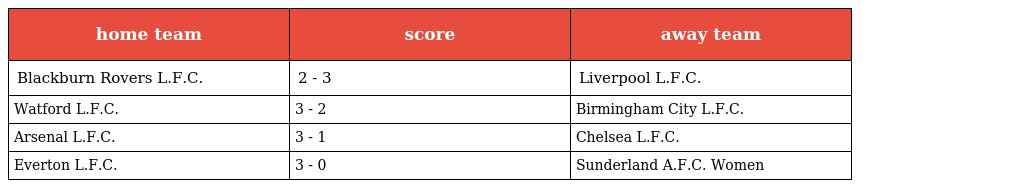
| home team | score | away team |
 | --- | --- | --- |
 | Blackburn Rovers L.F.C. | 2 - 3 | Liverpool L.F.C. |
 | Watford L.F.C. | 3 - 2 | Birmingham City L.F.C. |
 | Arsenal L.F.C. | 3 - 1 | Chelsea L.F.C. |
 | Everton L.F.C. | 3 - 0 | Sunderland A.F.C. Women |